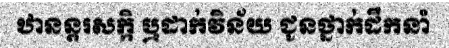
ឋានន្តរសក្កិ ឬដាក់វិន័យ ជូនថ្នាក់ដឹកនាំ